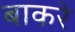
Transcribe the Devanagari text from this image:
बाकरे